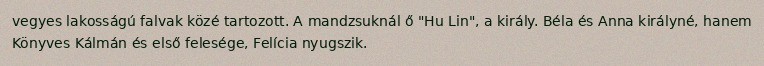
vegyes lakosságú falvak közé tartozott. A mandzsuknál ő "Hu Lin", a király. Béla és Anna királyné, hanem Könyves Kálmán és első felesége, Felícia nyugszik.